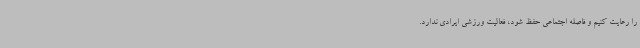
را رعایت کنیم و فاصله اجتماعی حفظ شود، فعالیت ورزشی ایرادی ندارد.